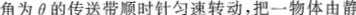
角为θ的传送带顺时针匀速转动，把一物体由静